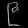
Digit: ၉